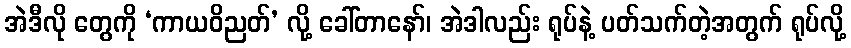
အဲဒီလို တွေကို ‘ကာယဝိညတ်’ လို့ ခေါ်တာနော်၊ အဲဒါလည်း ရုပ်နဲ့ ပတ်သက်တဲ့အတွက် ရုပ်လို့